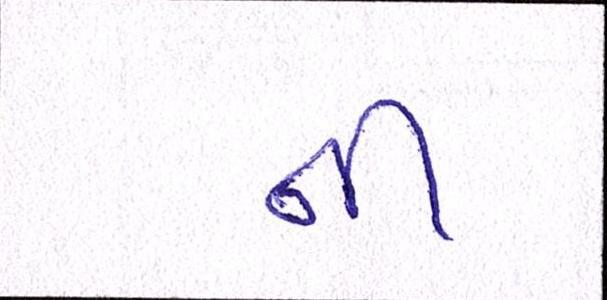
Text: નીં